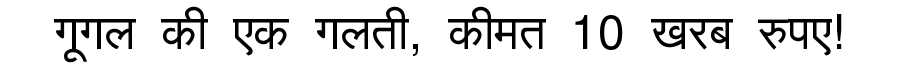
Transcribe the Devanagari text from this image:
गूगल की एक गलती, कीमत 10 खरब रुपए!